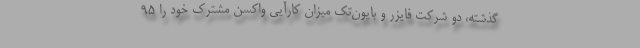
گذشته، دو شرکت فایزر و بایون‌تک میزان کارآیی واکسن مشترک خود را ۹۵